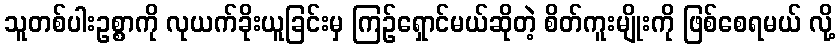
သူတစ်ပါးဥစ္စာကို လုယက်ခိုးယူခြင်းမှ ကြဉ်ရှောင်မယ်ဆိုတဲ့ စိတ်ကူးမျိုးကို ဖြစ်စေရမယ် လို့